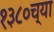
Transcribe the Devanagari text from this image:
१३८०च्या